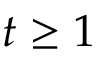
t \geq 1